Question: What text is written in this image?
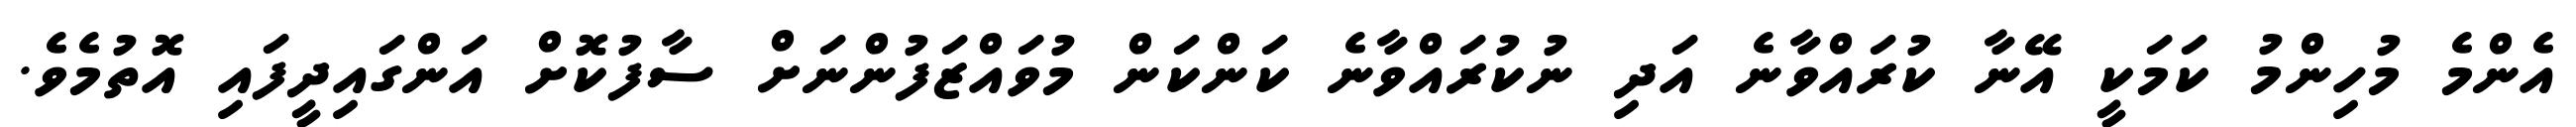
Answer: އެންމެ މުހިންމު ކަމަކީ އޭނާ ކުރައްވާނެ އަދި ނުކުރައްވާނެ ކަންކަން މުވައްޒަފުންނަށް ސާފުކޮށް އަންގައިދީފައި އޮތުމެވެ.